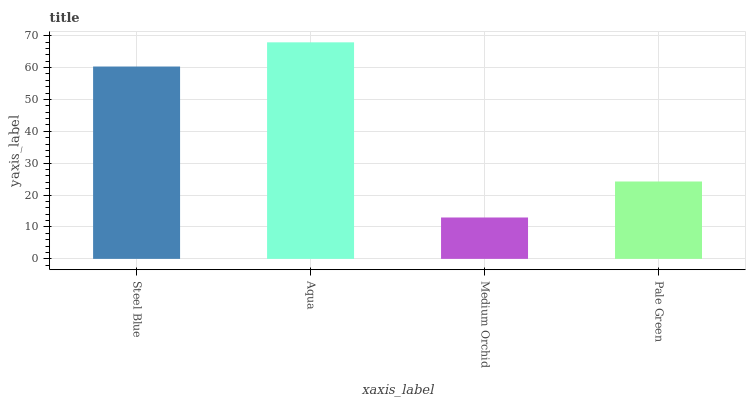
| xaxis_label | bars |
 | --- | --- |
 | Steel Blue | 60.3 |
 | Aqua | 67.9 |
 | Medium Orchid | 13 |
 | Pale Green | 24.3 |